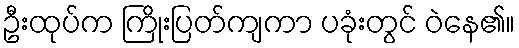
ဦးထုပ်က ကြိုးပြတ်ကျကာ ပခုံးတွင် ဝဲနေ၏။